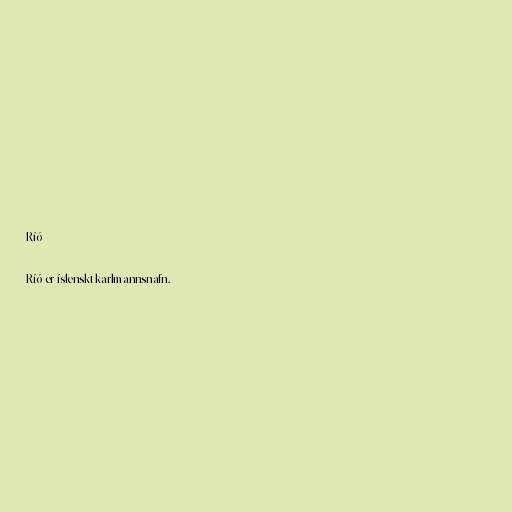
Ríó

Ríó er íslenskt karlmannsnafn.